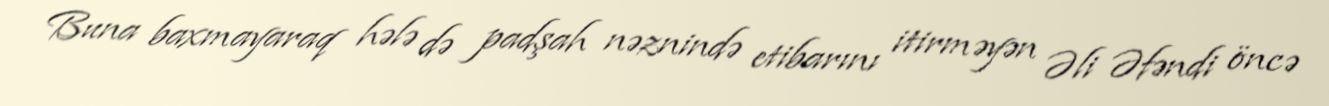
Buna baxmayaraq hələ də padşah nəznində etibarını itirməyən Əli Əfəndi öncə